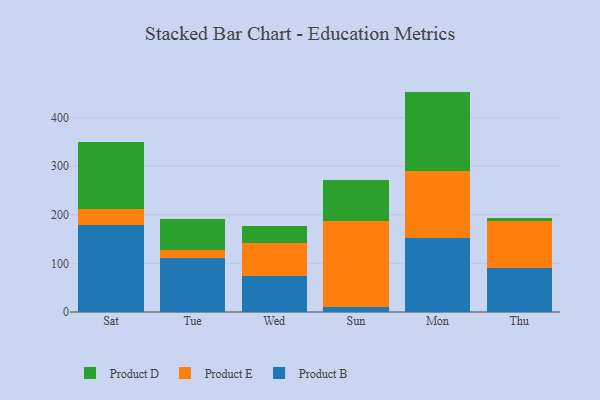
{"axis": {"x": "Day", "y": "Website Visitors"}, "legend": ["Product B", "Product D", "Product E"], "data": [{"x": "Sat", "y": 179.4, "type": "Product B"}, {"x": "Sat", "y": 33.1, "type": "Product E"}, {"x": "Sat", "y": 137.7, "type": "Product D"}, {"x": "Tue", "y": 111.9, "type": "Product B"}, {"x": "Tue", "y": 14.8, "type": "Product E"}, {"x": "Tue", "y": 63.8, "type": "Product D"}, {"x": "Wed", "y": 73.3, "type": "Product B"}, {"x": "Wed", "y": 68.9, "type": "Product E"}, {"x": "Wed", "y": 34.2, "type": "Product D"}, {"x": "Sun", "y": 10.3, "type": "Product B"}, {"x": "Sun", "y": 177.1, "type": "Product E"}, {"x": "Sun", "y": 85.2, "type": "Product D"}, {"x": "Mon", "y": 151.3, "type": "Product B"}, {"x": "Mon", "y": 138.4, "type": "Product E"}, {"x": "Mon", "y": 163.9, "type": "Product D"}, {"x": "Thu", "y": 91.2, "type": "Product B"}, {"x": "Thu", "y": 96.3, "type": "Product E"}, {"x": "Thu", "y": 6.5, "type": "Product D"}]}